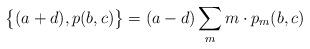
LaTeX: \begin{align*}\big\{(a+d),p(b,c)\big\}=(a-d)\sum_{m}m\cdot p_{m}(b,c)\end{align*}